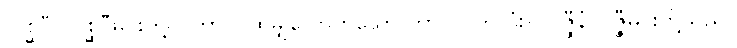
လိစ္ဆဝီ၊ လိစ္ဆဝီမင်းတို့။ (တာဝ၊ ထိုမျှလောက်သော ကာလပတ်လုံး။) ဝဇ္ဇီနံ၊ ဝဇ္ဇီမင်းတို့သည်။